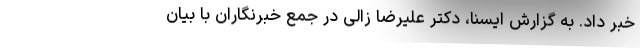
خبر داد. به گزارش ایسنا، دکتر علیرضا زالی در جمع خبرنگاران با بیان